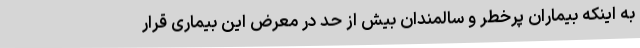
به اینکه بیماران پرخطر و سالمندان بیش از حد در معرض این بیماری قرار